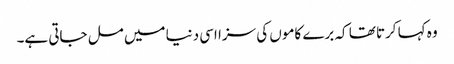
وہ کہا کرتا تھا کہ برے کاموں کی سزا اسی دنیا میں مل جاتی ہے۔